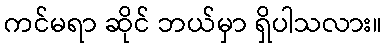
ကင်မရာ ဆိုင် ဘယ်မှာ ရှိပါသလား။